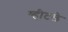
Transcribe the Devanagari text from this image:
व्हीटले